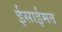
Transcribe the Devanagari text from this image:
ईसाईमत